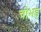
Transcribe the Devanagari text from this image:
चीभड़